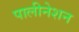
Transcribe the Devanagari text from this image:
पालीनेशन